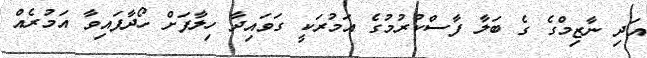
އަދި ނާޒިމްގެ ގެ ބަލާ ފާސްކުރުމުގެ އަމުރަކީ ގަވައިދާ ހިލާފަށް ހޯދާފައިވާ އަމުރެއް